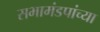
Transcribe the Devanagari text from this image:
सभामंडपांच्या